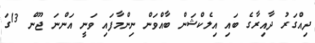
ދިއްގަރު ދާއިރާގެ ބައި އިލެކްޝަން ބާއްވަން ނިންމާފައި ވަނީ އަންނަ ޖޫން 13ގަ